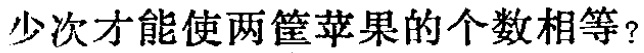
多少次才能使两筐苹果的个数相等？